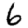
Digit: 6